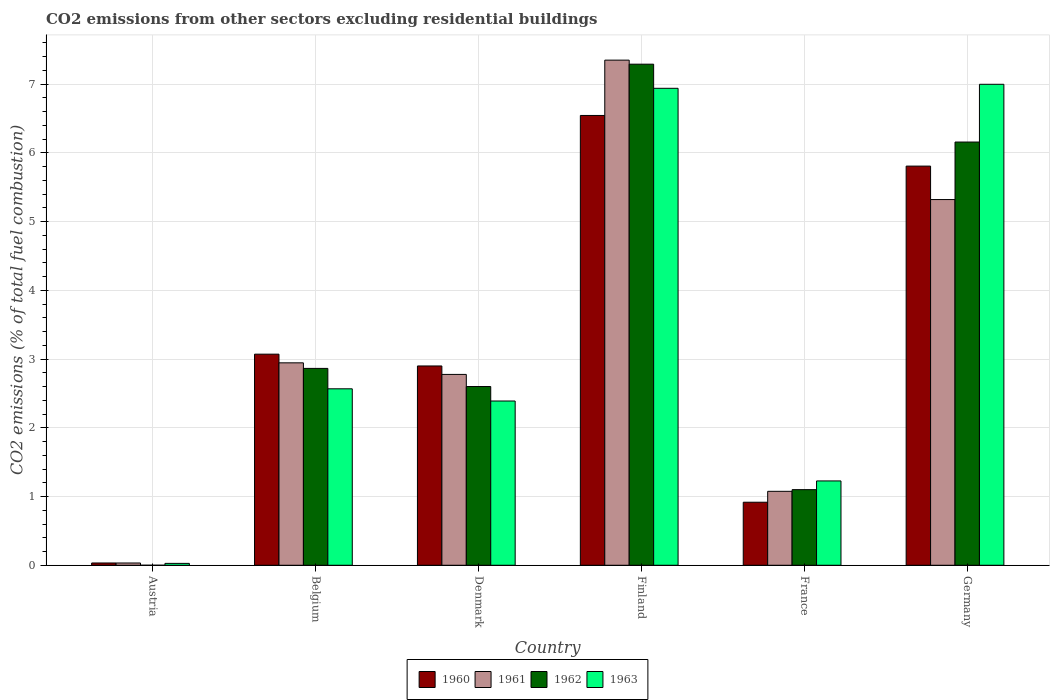
| Country | 1960 | 1961 | 1962 | 1963 |
 | --- | --- | --- | --- | --- |
 | Austria | 0.0333 | 0.033 | -1.92e-15 | 0.0273 |
 | Belgium | 3.07 | 2.95 | 2.86 | 2.57 |
 | Denmark | 2.9 | 2.78 | 2.6 | 2.39 |
 | Finland | 6.54 | 7.35 | 7.29 | 6.94 |
 | France | 0.917 | 1.08 | 1.1 | 1.23 |
 | Germany | 5.81 | 5.32 | 6.16 | 7 |